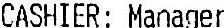
CASHIER: MANAGER